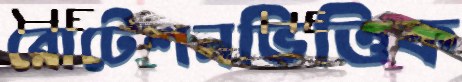
রোটেশনভিত্তিক